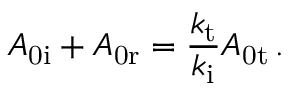
A _ { \mathrm { 0 i } } + A _ { \mathrm { 0 r } } = \frac { k _ { \mathrm { t } } } { k _ { \mathrm { i } } } A _ { \mathrm { 0 t } } \, .